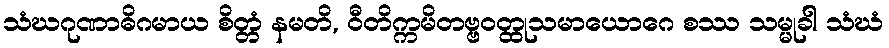
သံဃဂုဏာဓိဂမာယ စိတ္တံ နမတိ, ဝီတိက္ကမိတဗ္ဗဝတ္ထုသမာယောဂေ စဿ သမ္မုခါ သံဃံ